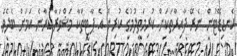
ކެނޑިޑޭޓުން ނެރޭ ދާއިރާތަކަށް ކުރިމަތިލުމުގެ ކުރިން އެ ޕާޓީތަކާ މަޝްވަރާކުރާނެ ކަމަށް ބެލެވެ